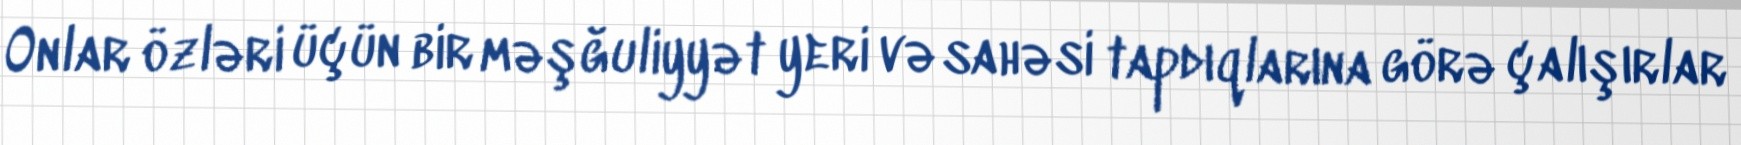
Onlar özləri üçün bir məşğuliyyət yeri və sahəsi tapdıqlarına görə çalışırlar